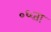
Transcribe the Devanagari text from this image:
०६ता